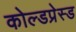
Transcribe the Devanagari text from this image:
कोल्डप्रेस्ड